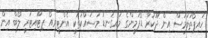
ހައިޕޯތަލަމަސް އިން ދޫކުރާ ޑޯޕަމީންގެ މައިގަނޑު މަސައްކަތަކީ އެންޓީރިއޯ ޕިޓޫއިޓަރީ ލޯބް އިން